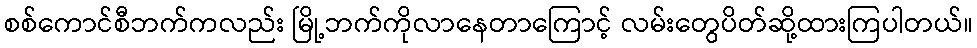
စစ်ကောင်စီဘက်ကလည်း မြို့ဘက်ကိုလာနေတာကြောင့် လမ်းတွေပိတ်ဆို့ထားကြပါတယ်။